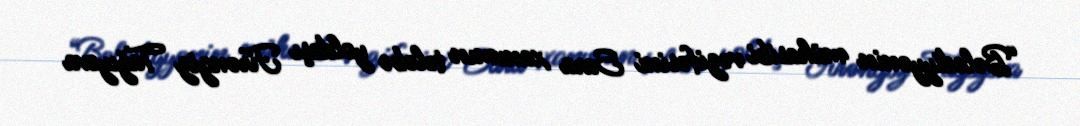
“Bələdiyyənin mühasibi vəzifəsini Sara xanımın tələbə yoldaşı Firəngiz Tağıyeva